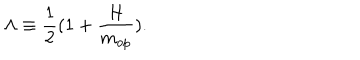
\Lambda \equiv \frac { 1 } { 2 } ( 1 + \frac { { \cal H } } { m _ { o p } } ) .